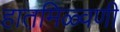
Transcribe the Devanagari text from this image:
हातमि़ळ्वणी